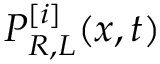
P _ { R , L } ^ { [ i ] } ( x , t )